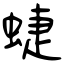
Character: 蜨